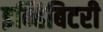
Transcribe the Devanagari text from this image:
इन्हिबिटरी